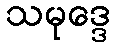
သမုဒ္ဒေ